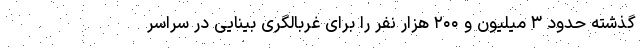
گذشته حدود ۳ میلیون و ۲۰۰ هزار نفر را برای غربالگری بینایی در سراسر